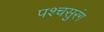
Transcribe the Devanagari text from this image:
पश्चसुरंग